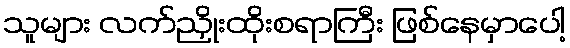
သူများ လက်ညှိုးထိုးစရာကြီး ဖြစ်နေမှာပေါ့